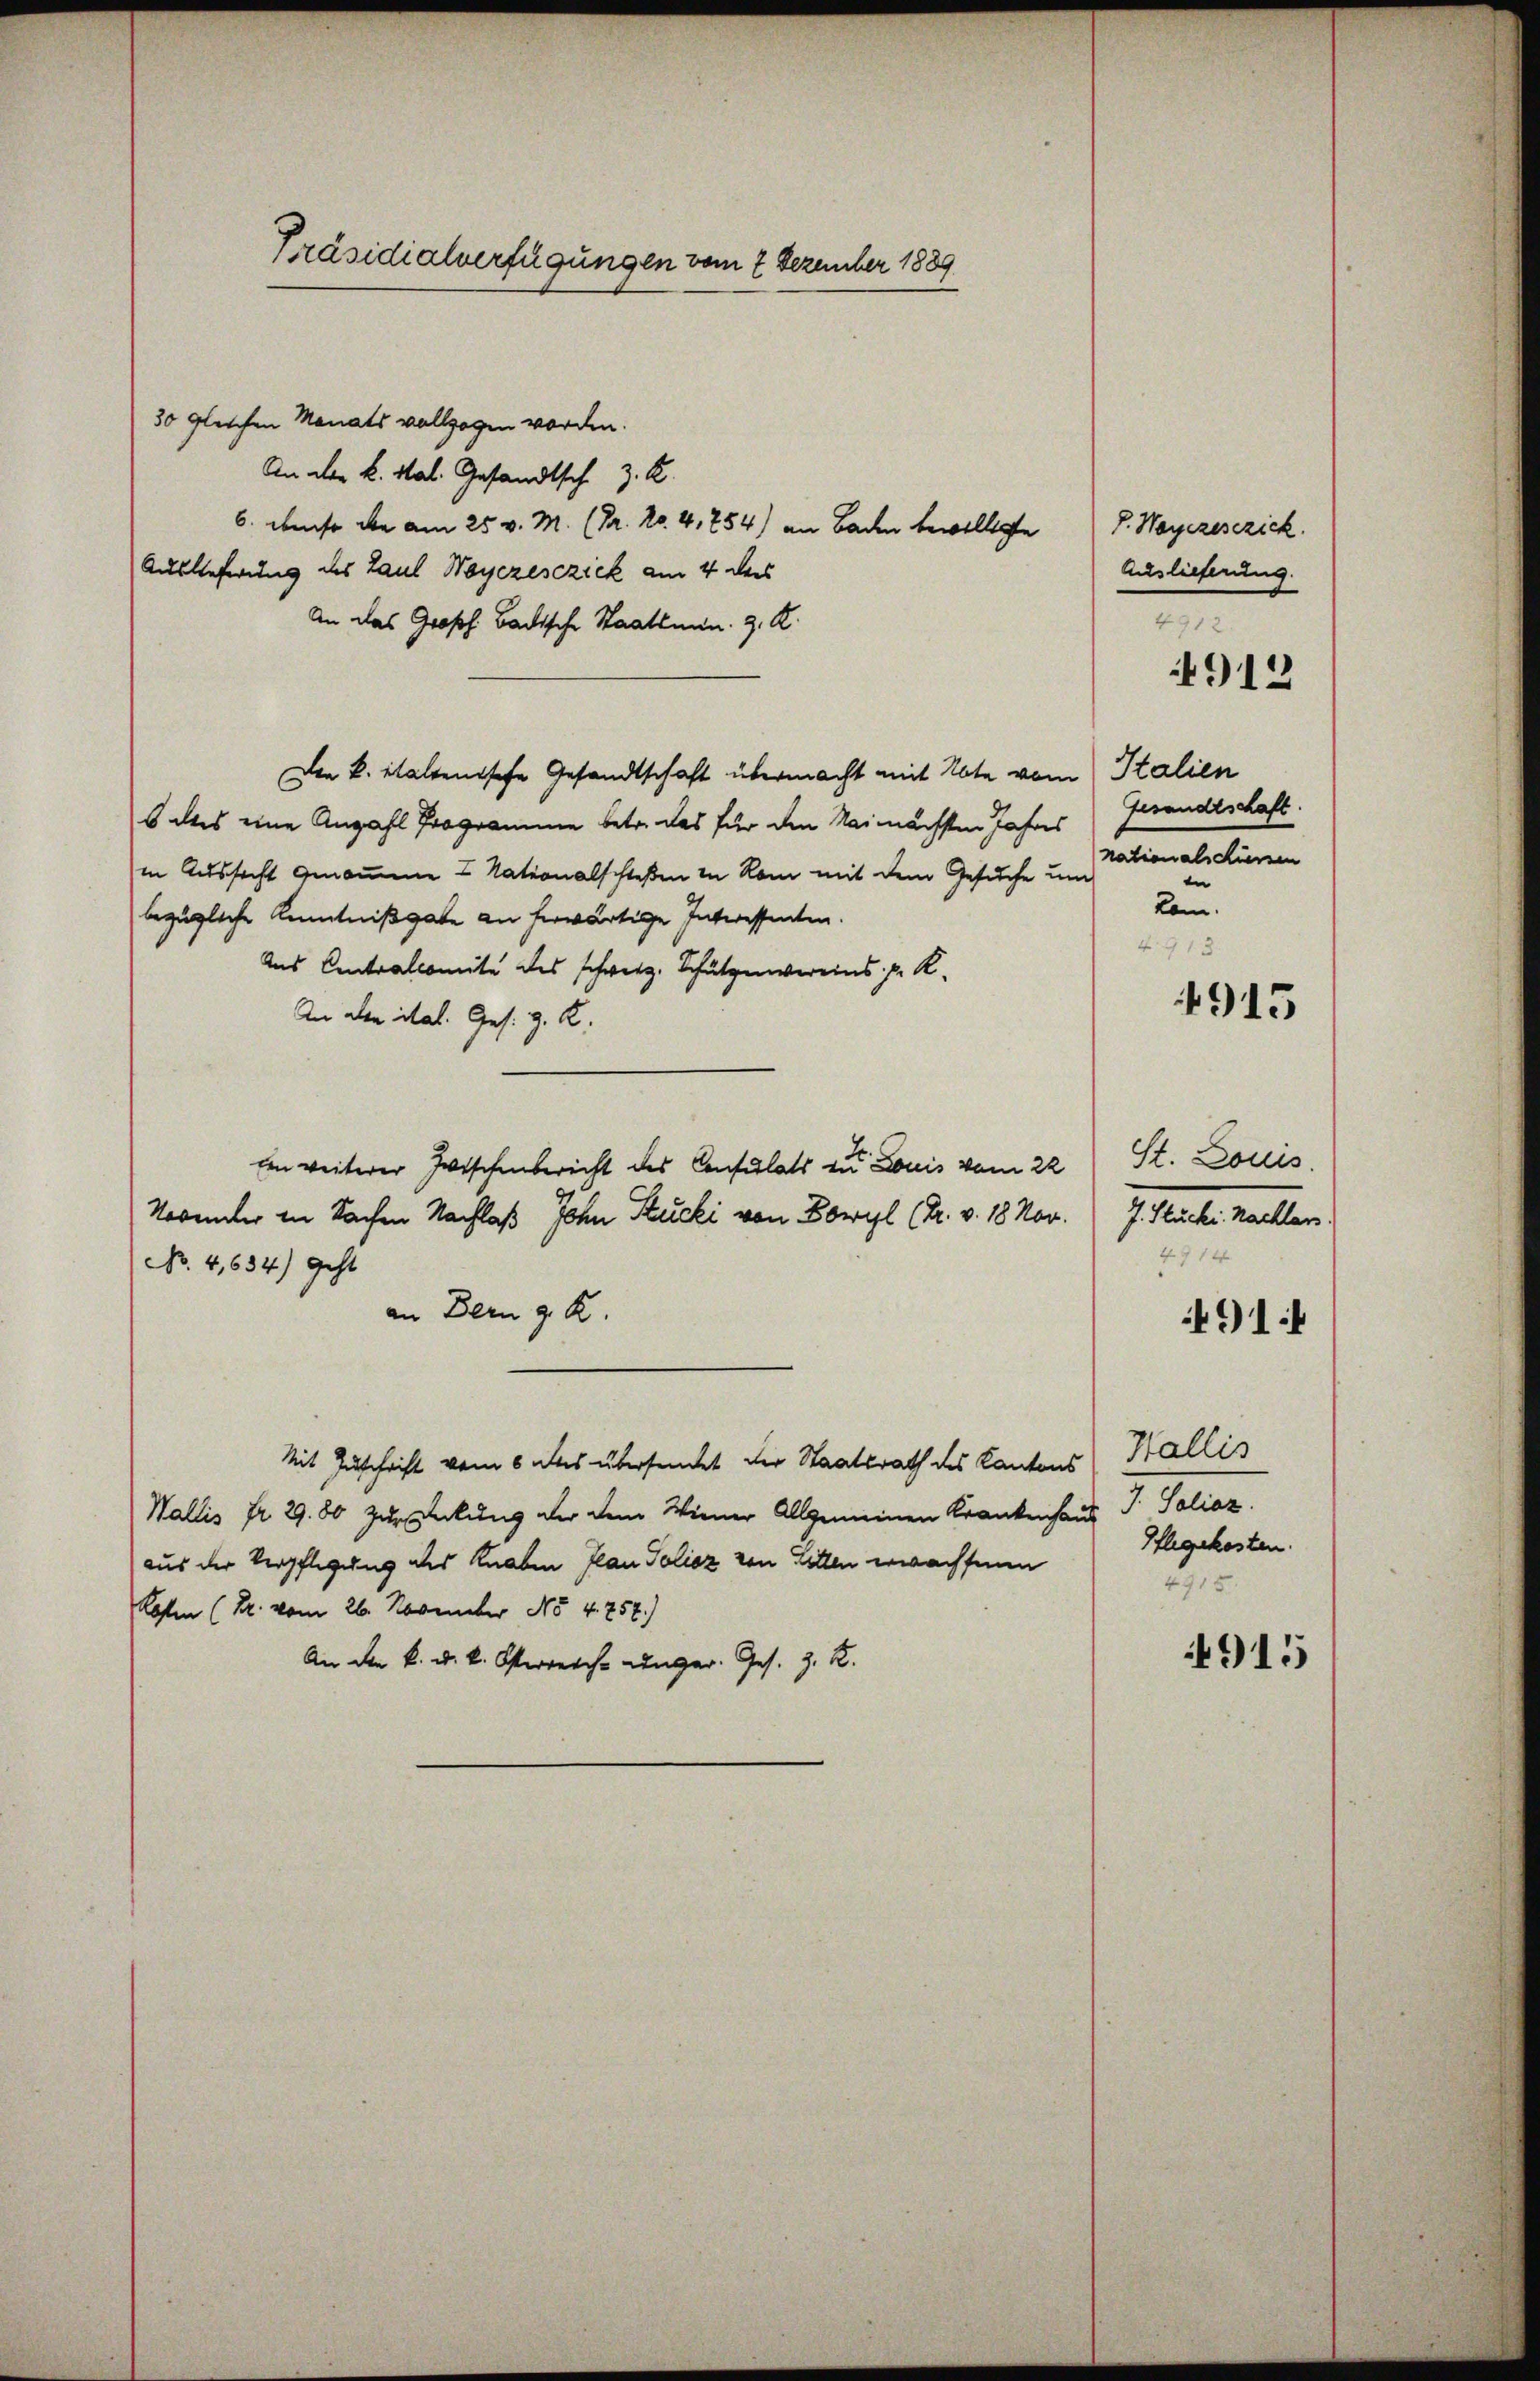
Präsidialverfügungen vom 2 Dezember 1889

30 gleichen Monats vollzogen worden.
An der k. Mal. Gesandtsch z. R.
6. ebenso die am 25. v. M. (Dr. Ro. 4,254) an Baden bewilligte
Auslieferung des Paul Weyezesczick am 4 dess
An das Großh. Badische Staatsmin. z. K.
Die k. Stattentsche Gesandtschaft übermacht mit Note vom Stalien
6 des eine Anzahl Programme betr. das für den Nainächsten Jahres
in Aussicht genommene 2 Nationalschloßen in Rom mit dem Gesuche um
bezügliche Kenntnißgabe an herwärtige Interessenten.
Ans Centralcomite des schweiz. Schutzenvereins pr. K.
An den ital. Ges. z. K.
Ein weiterer Zwischenbericht des Consulats zu Louis vom 22
November in Sachen Nachlaß John Stucki von Bowyl (Dr. v. 18 Nov.
No. 4,634) geht
an Bern z. B.
Mit Zuschrift vom 6 des übersendet der Staatsrath des Kantons
Wallis fr. 29. 80 zur Deckung der dem Wiener Allgemeinen Krankenhaus J. Talioz.
aus der Verpflegung des Knaben Plan Toliez von Litten erwachsene
Kosten (Pr. vom 26. November No 4. 758.)
An die k. u. k. Osterreiche unger. Ges. z. R.

7. Wagezesezick.
Auslieferung.
4912.
4912

Gesandtschaft.
nationals Kiessen
in
kam.
4913.

4915

St. Louis.
J. Stucki. Nachlers.
4914
91

Wallis
Pflegekosten.
275

4915